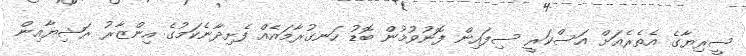
ސީރިޔާގެ އެތެރެއަށް އަސްކަރީ ސިފައިން ފޮނުވުމުން ބޮޑު ހަނގުރާމައެއް ފެށިދާނެކަމުގެ އިންޒާރު ރަޝިޔާއިން